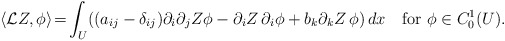
\begin{align*} \langle {\mathcal L}Z,\phi\rangle \!=\!\int_U\! \left( (a_{ij}-\delta_{ij})\partial_i\partial_j Z\phi-\partial_iZ\,\partial_i\phi+b_k\partial_kZ\, \phi\right)dx \quad\hbox{for}\ \phi\in C^1_0(U). \end{align*}